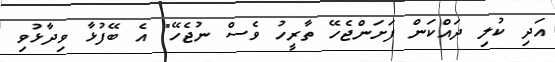
އަދި ކުލި ދައްކަން ފަށަންޖެހޭ ތާރީހު ވެސް ނުޖެހޭ" އެ ބޭފުޅާ ވިދާޅުވި